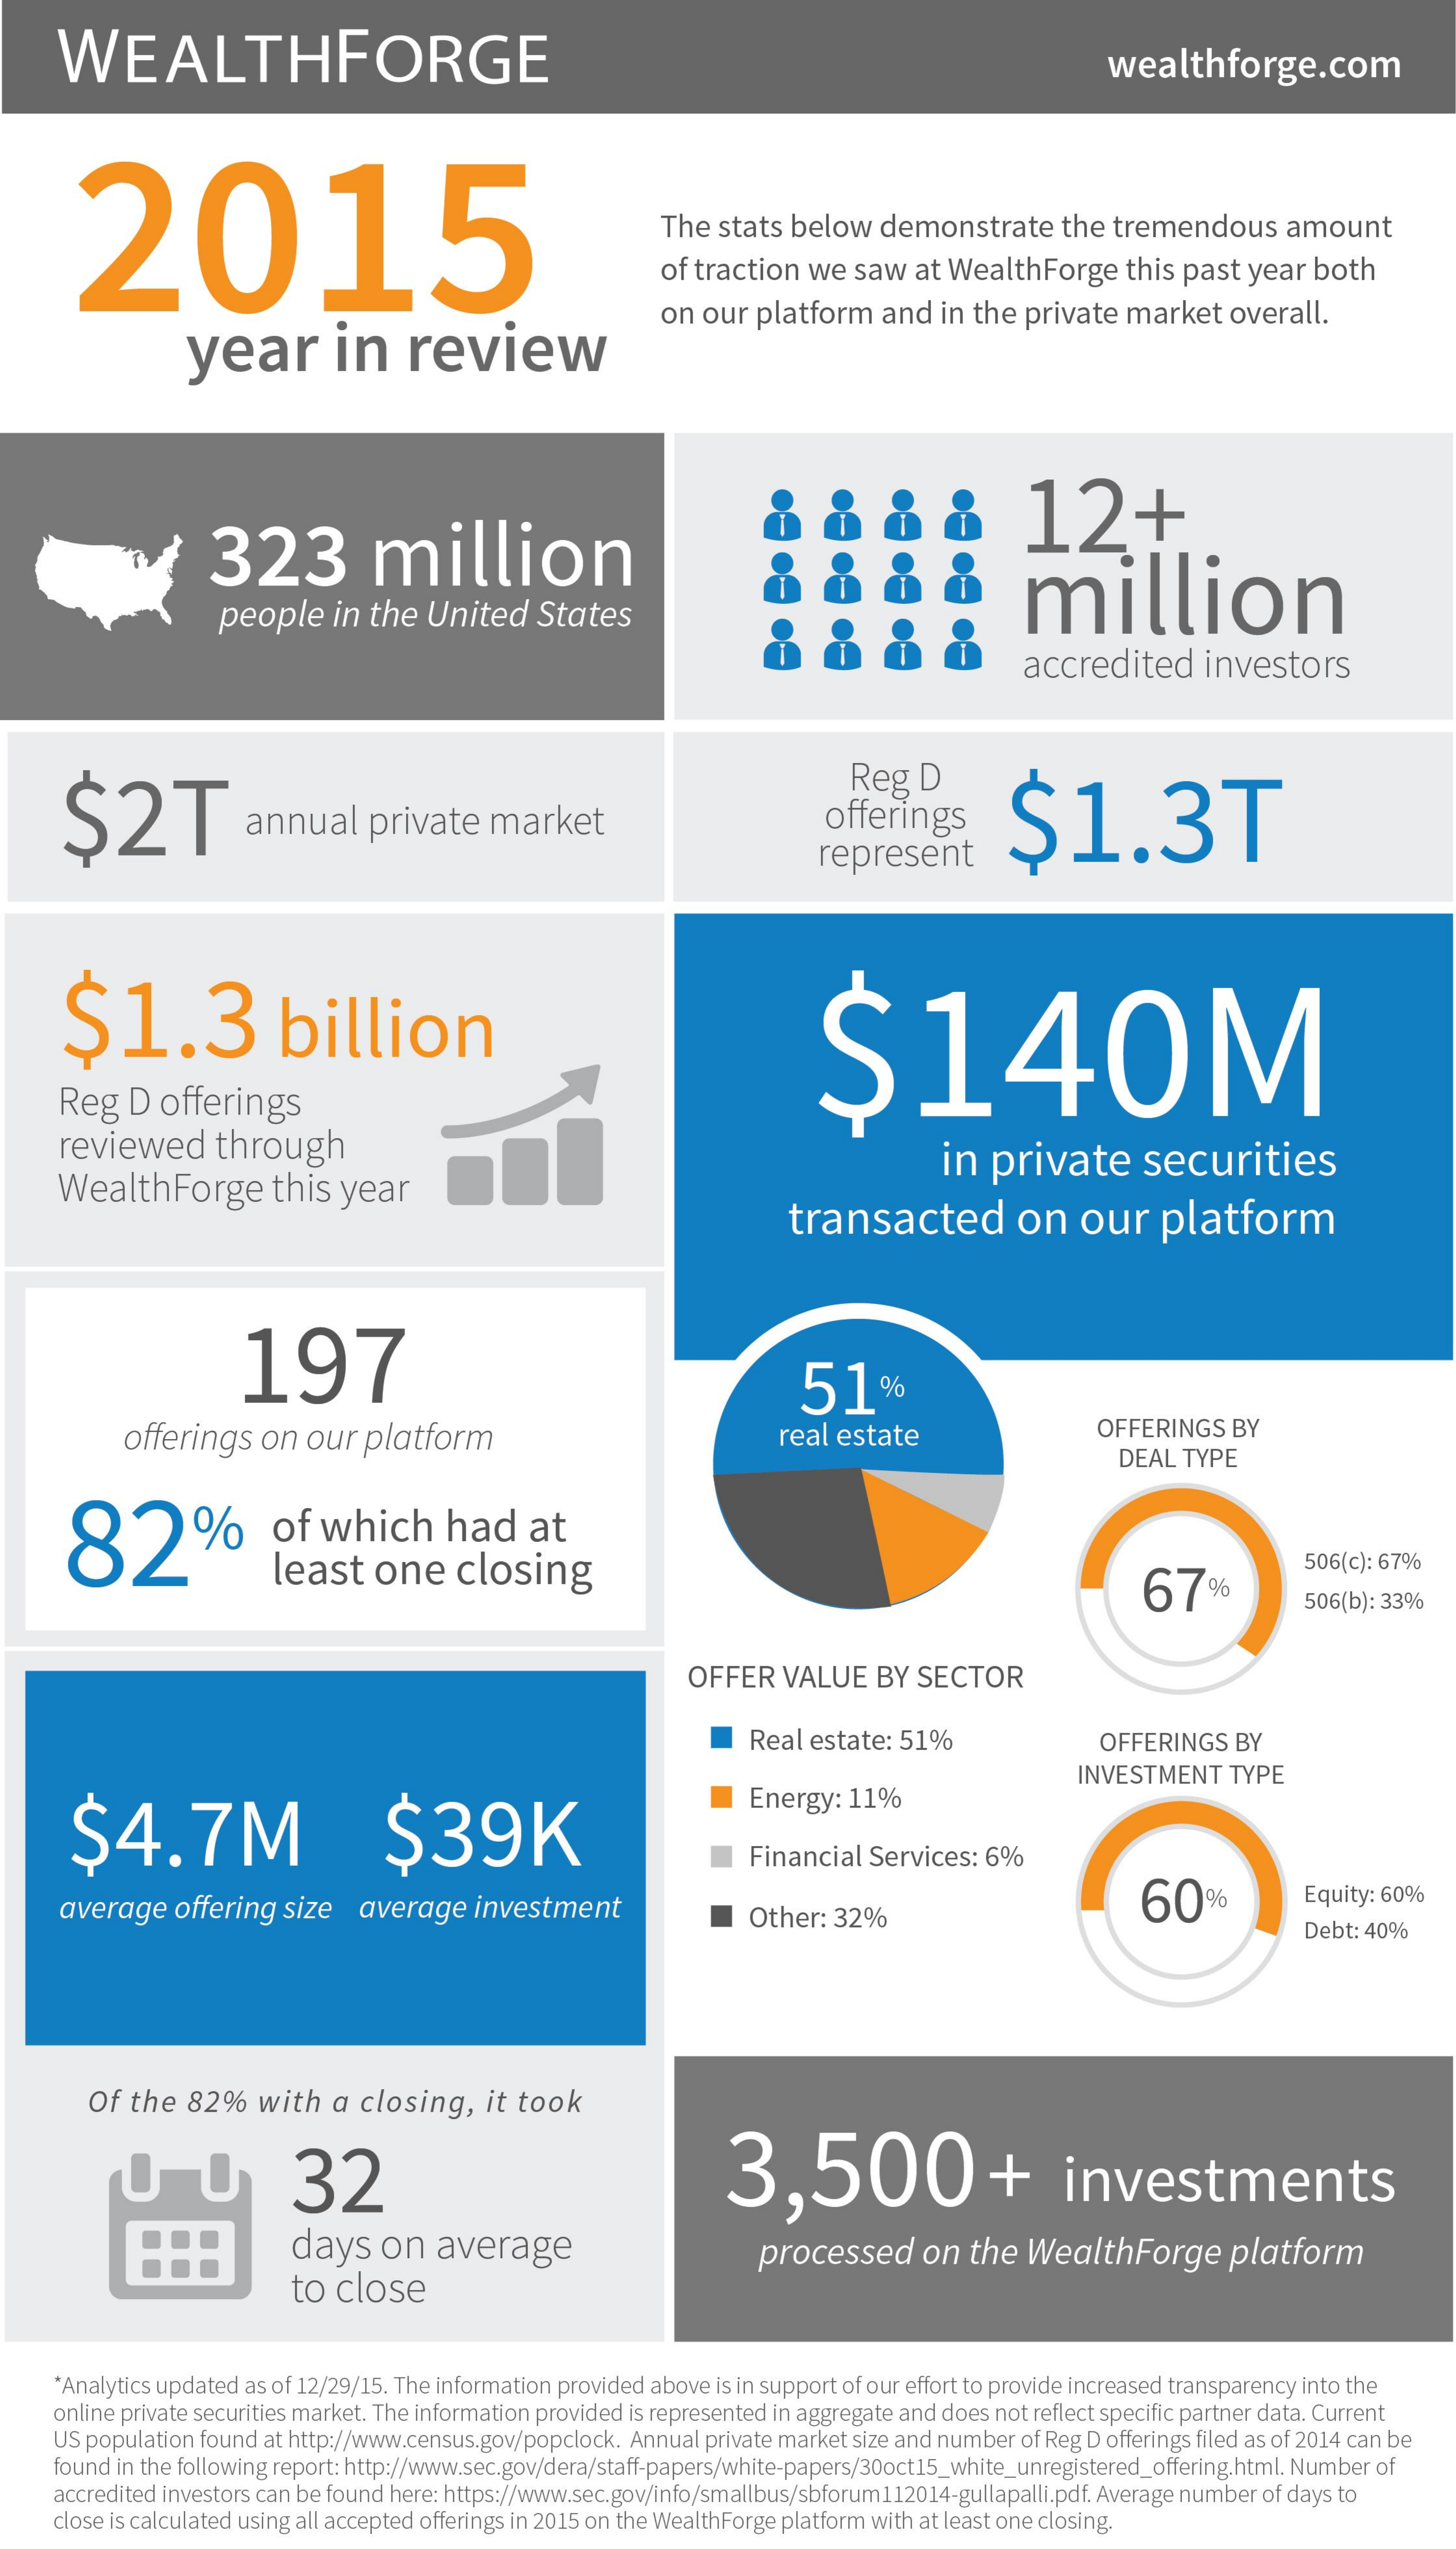
WEALTHFORGE    wealthforge.com
     2015    The stats  below   demonstrate    the  tremendous    amount
     of traction   we  saw   at WealthForge    this  past  year  both
     year    in    review
     on  our  platform    and  in the  private  market    overall.
     323    million
     12+
     million
     people    in the  United    States
     accredited    investors
     $2T
     Reg   D
     annual    private    market    offerings    $1.3T
     represent
     $1.3    billion    $140M
     Reg   D  offerings
     reviewed    through
     WealthForge    this  year
     in  private    securities
     transacted    on    our    platform
     197    51
     offerings   on  our   platform    real  estate    OFFERINGS   BY
     DEAL  TYPE
     82%    of    which    had    at
     least    one    closing    67%
     506(c): 67%
     506(b): 33%
     OFFER   VALUE    BY  SECTOR
     Real estate: 51%    OFFERINGS   BY
     Energy:  11%
     INVESTMENT    TYPE
     $4.7M    $39K
     Financial   Services: 6%
     average   offering  size   average    investment    Other:  32%
     60%    Equity: 60%
     Debt: 40%
     Of  the  82%    with   a closing,    it took
     32    3,500+    investments
     days    on   average    processed    on   the  WealthForge    platform
     to  close
     Analytics updated as of 12/29/15. The information provided above is in support of our effort to provide increased transparency into the
     online private securities market. The information provided is represented in aggregate and does not reflect specific partner data. Current
     US population found at http://www.census.gov/popclock. Annual private market size and number of Reg D offerings filed as of 2014 can be
     found in the following report: http://www.sec.gov/dera/staff-papers/white-papers/30oct15_white_unregistered_offering.html. Number of
     accredited investors can be found here: https://www.sec.gov/info/smallbus/sbforum112014-gullapalli.pdf. Average number of days to
     close is calculated using all accepted offerings in 2015 on the WealthForge platform with at least one closing.